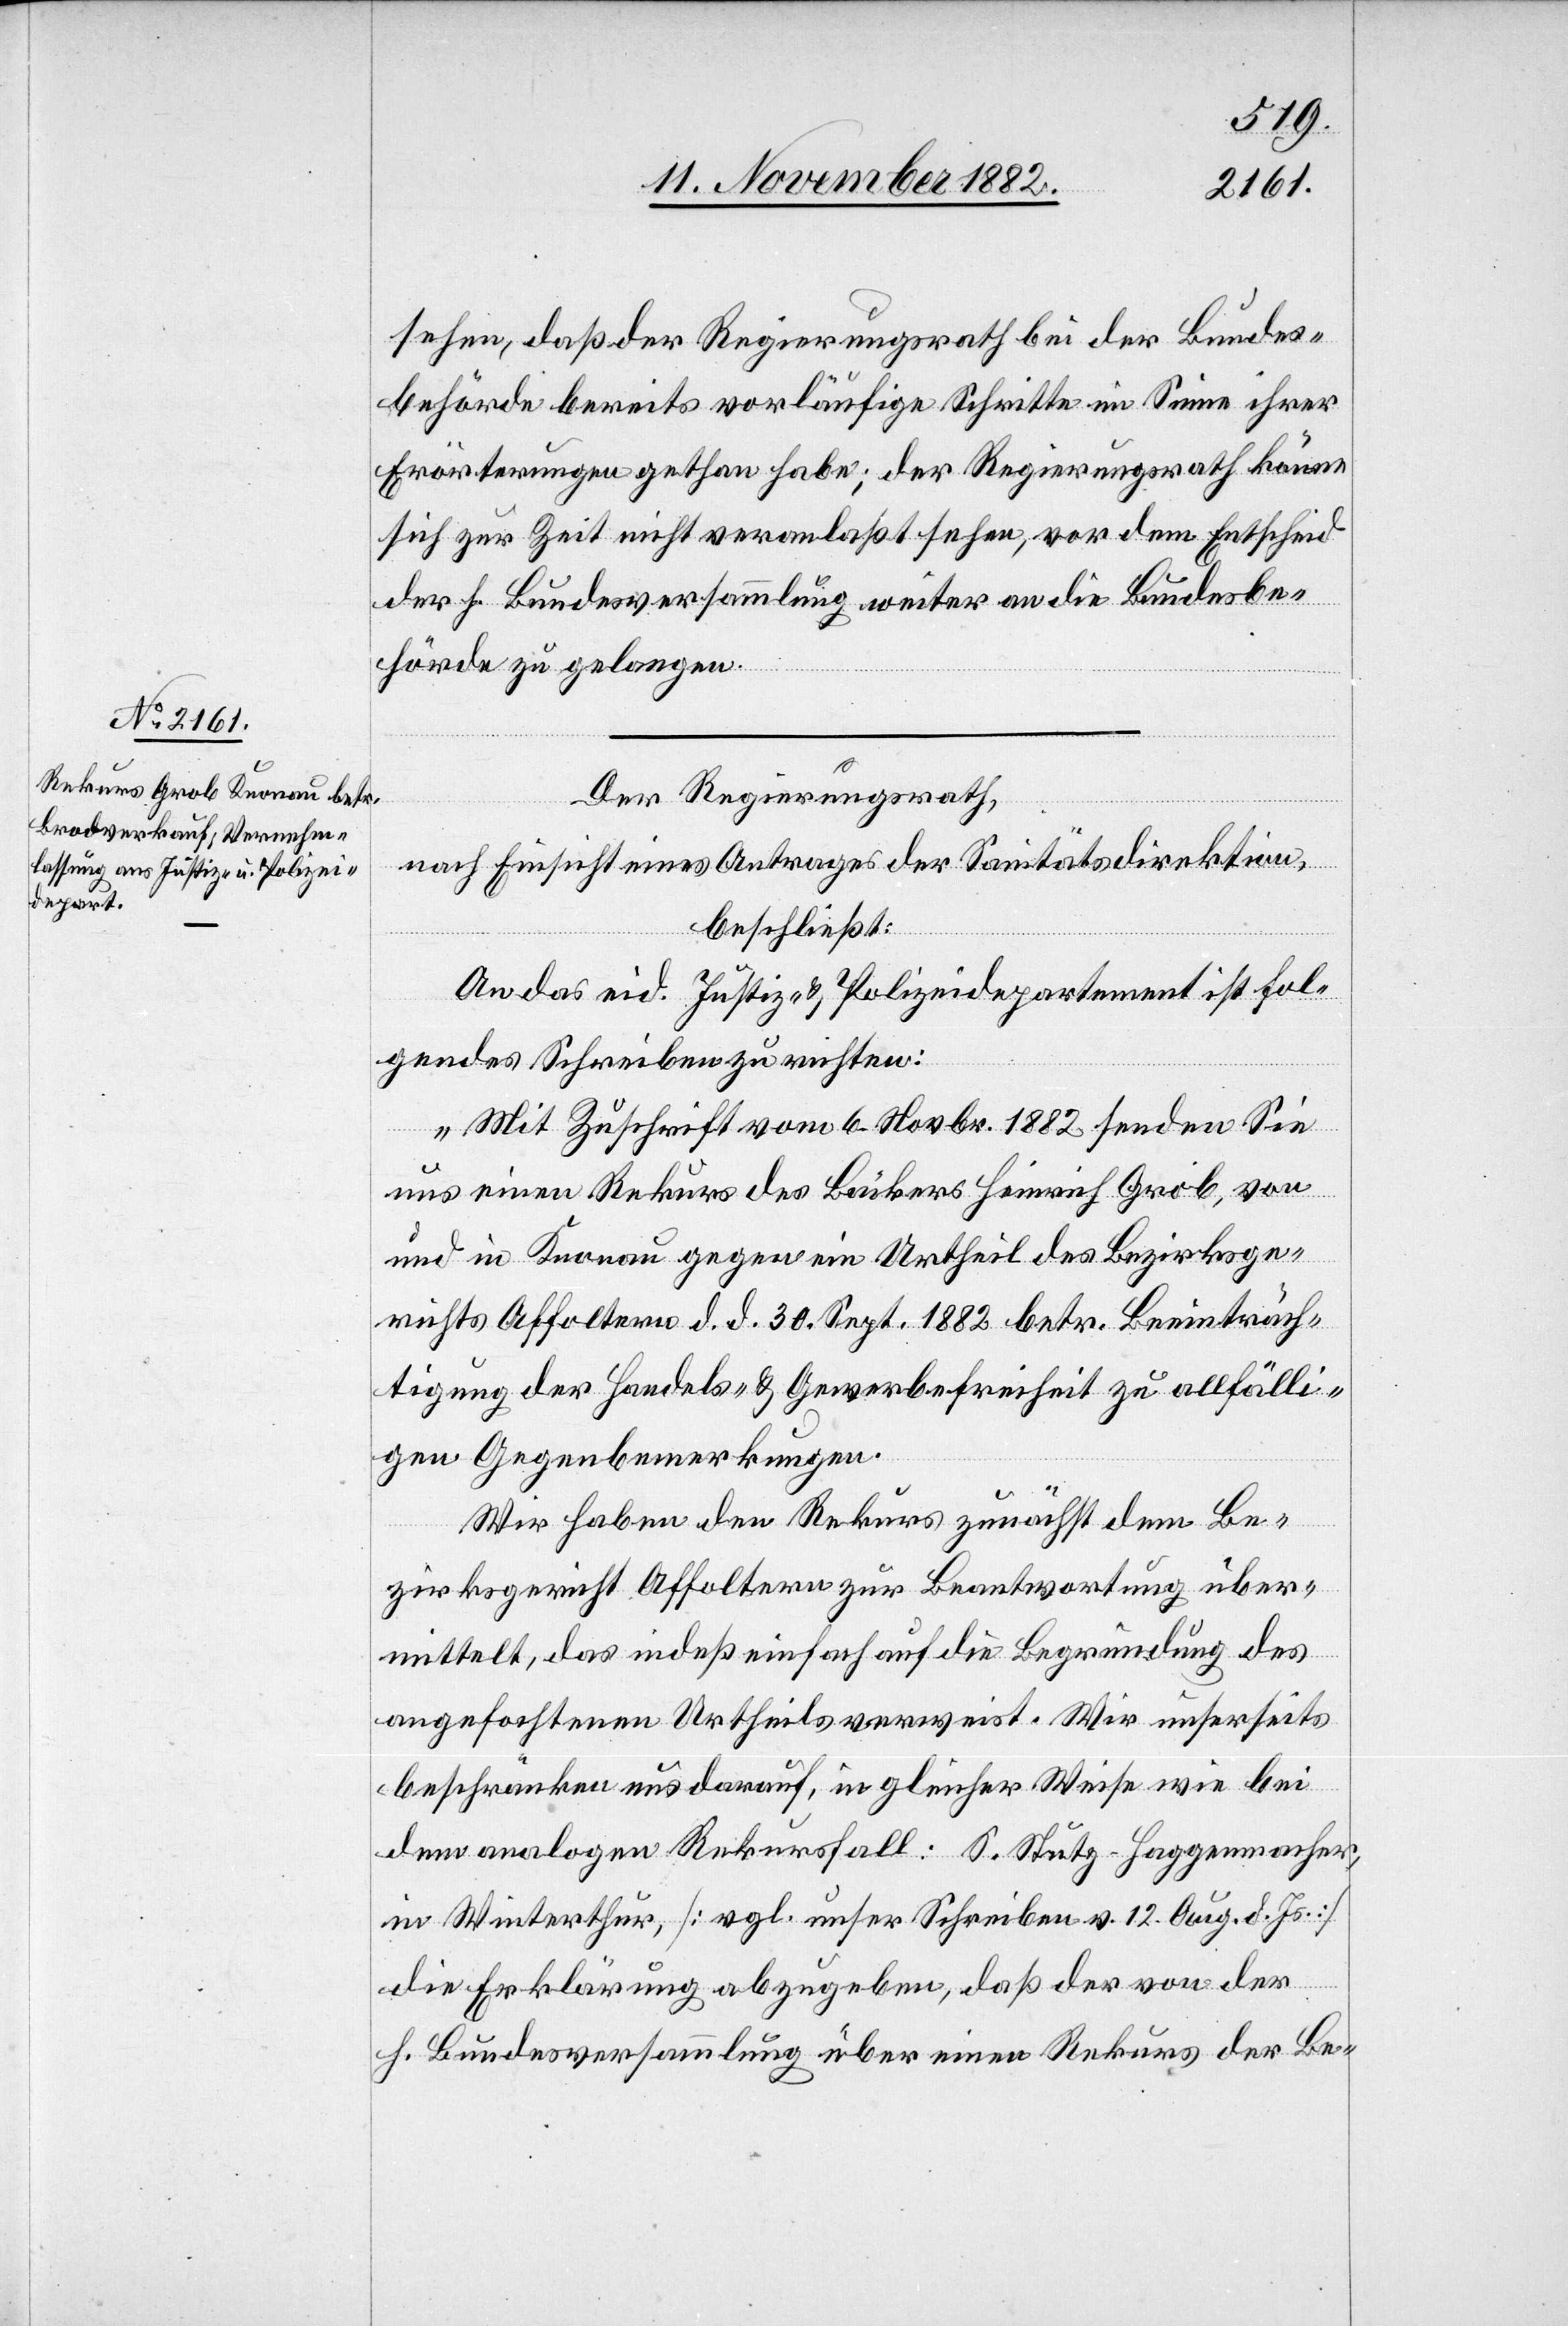
sehen, daß der Regierungsrath bei der Bundes¬
behörde bereits vorläufige Schritte im Sine ihrer
Erörterungen gethan habe; der Regierungsrath könne
sich zur Zeit nicht veranlaßt sehen, vor dem Entscheid
der h. Bundesversammlung weiter an die Bundesbe¬
hörde zu gelangen.
Der Regierungsrath,
nach Einsicht eines Antrages der Sanitätsdirektion,
beschließt:
An das eid. Justiz- & Polizeidepartement ist fol¬
gendes Schreiben zu richten:
„Mit Zuschrift vom 6. Novbr. 1882 senden Sie
uns einen Rekurs des Bäckers Heinrich Grob, von
und in Knonau gegen ein Urtheil des Bezirksge¬
richts Affoltern d. d. 30. Sept. 1882 betr. Beeinträch¬
tigung der Handels- & Gewerbefreiheit zu allfälli¬
gen Gegenbemerkungen.
Wir haben den Rekurs zunächst dem Be¬
zirksrath Affoltern zur Beantwortung über¬
mittelt, das indeß einfach auf die Begründung des
angefochtenen Urtheils verweist. Wir unserseits
beschränken uns darauf, in gleicher Weise wie bei
dem analogen Rekursfall: S. Stutz-Haggenmacher,
in Winterthur, [vgl. unser Schreiben v. 12. Aug. d. Js.]
die Erklärung abzugeben, daß der von der
h. Bundesversammlung über einen Rekurs der Be-